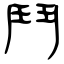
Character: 鬥